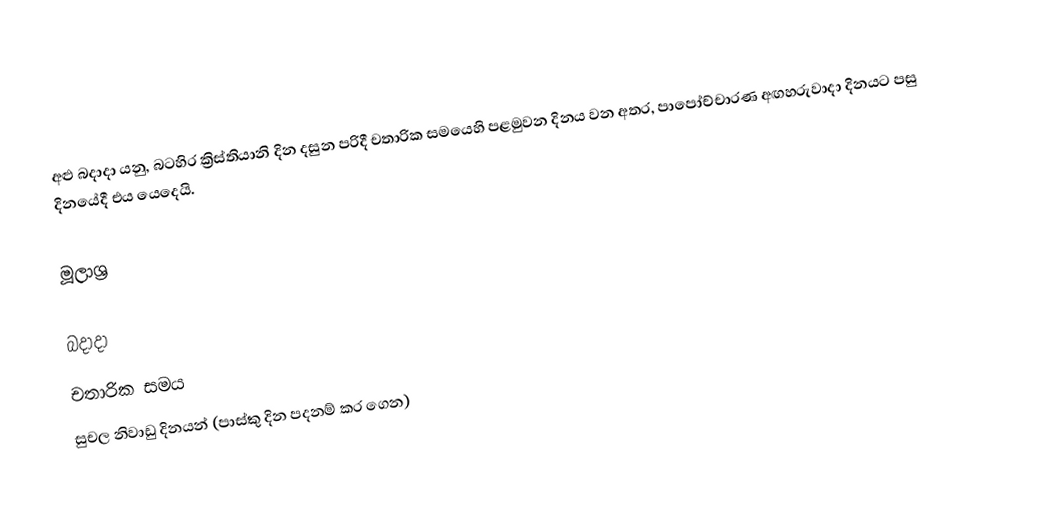
අළු බදාදා යනු,  බටහිර ක්‍රිස්තියානි දින දසුන පරිදී චතාරික සමයෙහි පළමුවන දිනය වන අතර,  පාපෝච්චාරණ අඟහරුවාදා දිනයට පසු දිනයේදී එය යෙදෙයි.

මූලාශ්‍ර

බදාදා
චතාරික සමය
සුචල නිවාඩු දිනයන් (පාස්කු දින පදනම් කර ගෙන)